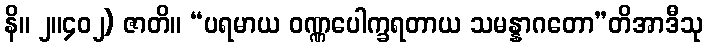
နိ။ ၂။၄၀၂) ဇာတိ။ “ပရမာယ ဝဏ္ဏပေါက္ခရတာယ သမန္နာဂတော”တိအာဒီသု